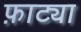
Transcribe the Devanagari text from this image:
फ़ाट्या